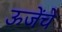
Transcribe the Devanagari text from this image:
ऊजेंचे